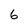
Character: 6